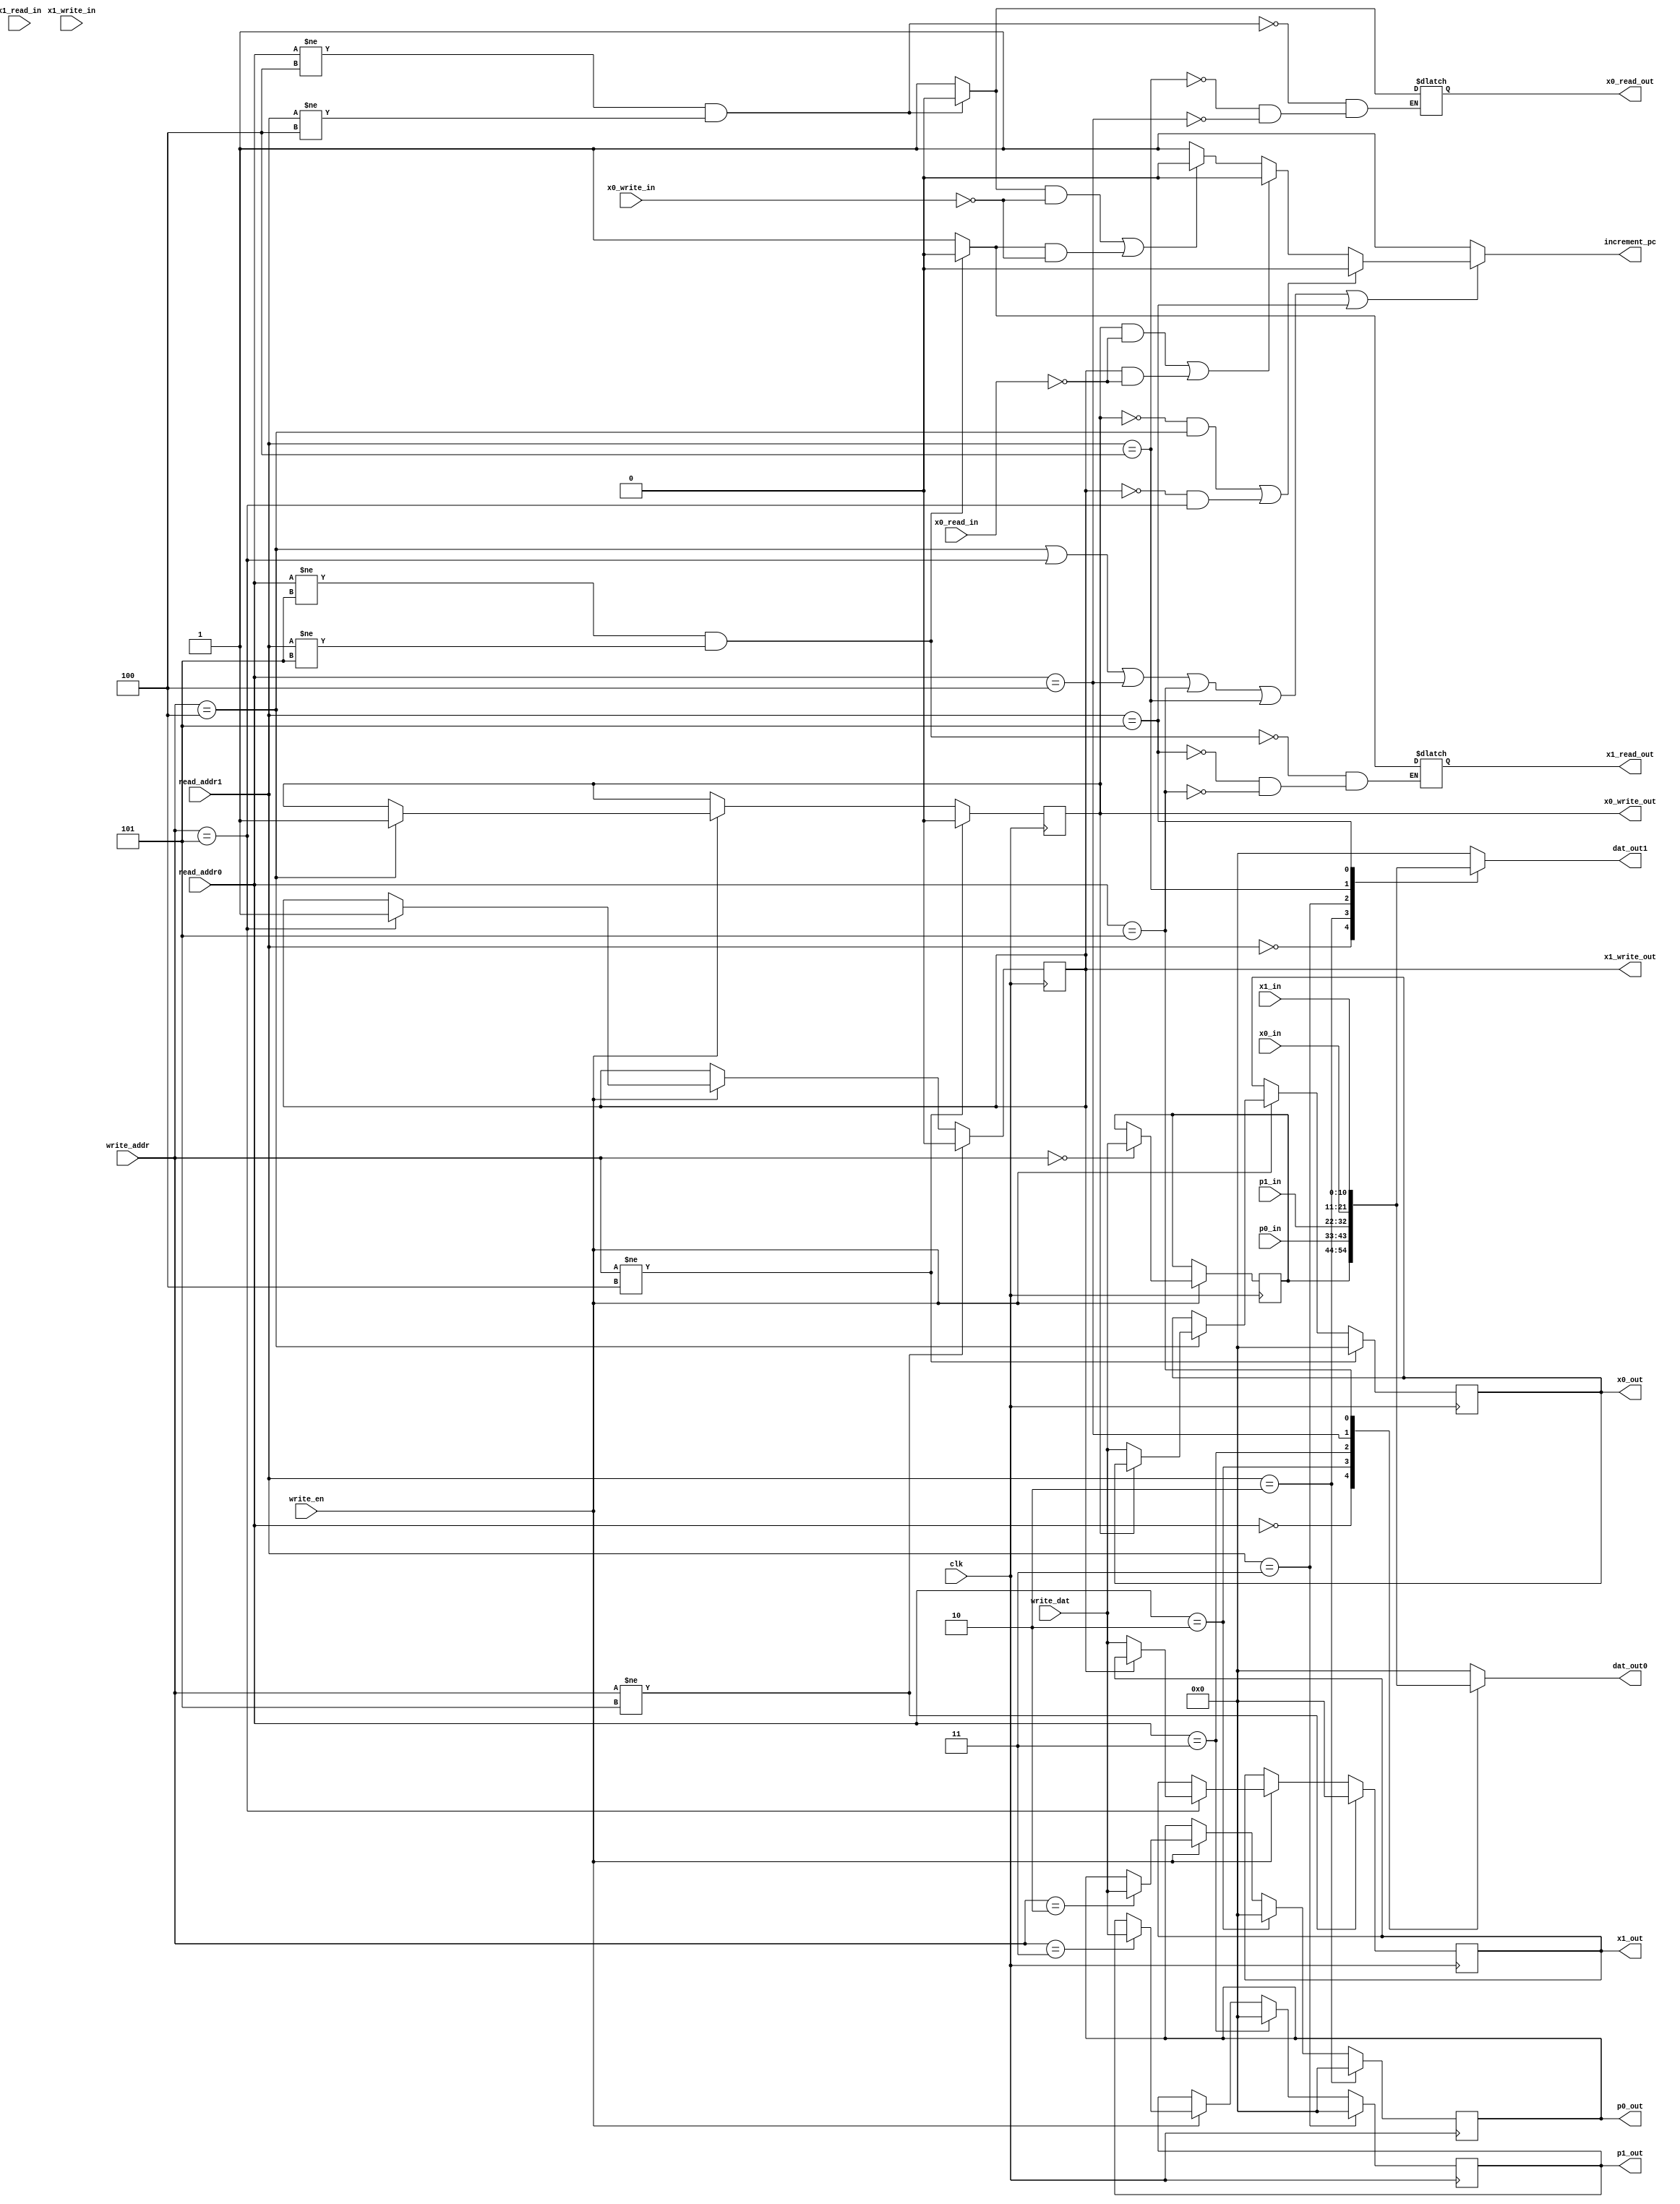
module MC3999regFile(
	input[10:0] write_dat,
	input[2:0] write_addr,
	input write_en,
	input[10:0] p0_in,
	input[10:0] p1_in,
	input[2:0] read_addr0,
	input[2:0] read_addr1,
	input[10:0] x0_in,
	input[10:0] x1_in,
	input x0_read_in,
	input x1_read_in,
	input x0_write_in,
	input x1_write_in,
	input clk,

	output reg[10:0] p0_out,
	output reg[10:0] p1_out,
	output reg[10:0] dat_out0,
	output reg[10:0] dat_out1,
	output reg[10:0] x0_out,
	output reg[10:0] x1_out,
	output reg x0_read_out,
	output reg x1_read_out,
	output reg x0_write_out,
	output reg x1_write_out,
	output reg increment_pc);

reg[10:0] acc = 11'b0;
initial begin
	p0_out = 11'b0;
	p1_out = 11'b0;
	x0_out = 11'b0;
	x1_out = 11'b0;
	x0_read_out = 1'b0;
	x1_read_out = 1'b0;
	x0_write_out = 1'b0;
	x1_write_out = 1'b0;
	increment_pc = 1'b0;
end

always @(posedge clk) begin
	if (write_en) begin
		case (write_addr)
			3'b000: acc = write_dat;
			3'b010: p0_out = write_dat;
			3'b011: p1_out = write_dat;
			3'b100: begin //x0
				// If you're writing to an xbus, but haven't pushed your data yet
				// Push data, update output write state
				if (x0_write_out == 0) begin
					x0_write_out = 1;
					x0_out = write_dat;
				end
				//Once the write_out flag is high, PC won't increment until the 
				//Input read flag goes high
			end // x0

			3'b101: begin  //x1
				if (x1_write_out == 0) begin
					x1_write_out = 1;
					x1_out = write_dat;
				end // if (x1_write_out == 0)
			end // x0
		endcase // write_addr
	end // if (write_en)

	// If not writing to an xbus, clear their outputs
	if (write_addr != 3'b100) begin
		x0_write_out = 0;
		x0_out = 0;
	end
	if (write_addr != 3'b101) begin
		x1_write_out = 0;
		x1_out = 0;
	end

	// If a simple input was read, clear its output
		case (read_addr0)
			3'b010: p0_out = 11'b0;
			3'b011: p1_out = 11'b0;
		endcase

		case (read_addr1)
			3'b010: p0_out = 11'b0;
			3'b011: p1_out = 11'b0;
		endcase
end

always @(*) begin
	case (read_addr0)
		3'b000: dat_out0 = acc;
		3'b010: begin dat_out0 = p0_in; end //When you read a simple input
		3'b011: begin dat_out0 = p1_in; end //Clear the corresponding output

		3'b100:	begin x0_read_out = 1; dat_out0 = x0_in; end //x0
		3'b101: begin x1_read_out = 1; dat_out0 = x1_in; end //x1
		default: dat_out0 = 11'b0;
	endcase

	case (read_addr1)
		3'b000: dat_out1 = acc;
		3'b010: begin dat_out1 = p0_in; end
		3'b011: begin dat_out1 = p1_in; end

		3'b100:	begin x0_read_out = 1; dat_out1 = x0_in; end //x0
		3'b101: begin x1_read_out = 1; dat_out1 = x1_in; end //x1
		default: dat_out1 = 11'b0;
	endcase

	// If neither port is reading an xbus input, clear its read_out
	if (read_addr0 != 3'b100 && read_addr1 != 3'b100)
		x0_read_out = 0;
	if (read_addr0 != 3'b101 && read_addr1 != 3'b101)
		x1_read_out = 0;

	//if we're reading or writing an xbus
	if (write_addr == 3'b100 || write_addr == 3'b101 || read_addr0 == 3'b100 || read_addr0 == 3'b101 || read_addr1 == 3'b100 || read_addr1 == 3'b101) begin
		// If you're writing, but haven't pushed the output yet, don't increment pc
		if ((x0_write_out == 0 && write_addr == 3'b100) || (x1_write_out == 0 && write_addr == 3'b101))
			increment_pc = 0;
		// If you're writing and HAVE pushed the output, but it's not been read yet, don't increment pc
		else if ((x0_write_out == 1 && x0_read_in == 0) || (x1_write_out == 1 && x0_read_in == 0))
			increment_pc = 0;
		// If you're reading, but haven't been written to, don't increment pc
		else if ((x0_read_out == 1 && x0_write_in == 0) || (x1_read_out == 1 && x0_write_in == 0))
			increment_pc = 0;
		else
			increment_pc = 1;
	end
	//If no xbus things, increment pc
	else
		increment_pc = 1;

end



endmodule